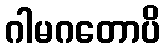
ဂါမဂတောပိ